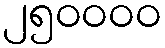
၂၅၀၀၀၀